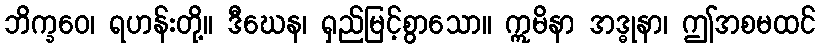
ဘိက္ခဝေ၊ ရဟန်းတို့။ ဒီဃေန၊ ရှည်မြင့်စွာသော။ ဣမိနာ အဒ္ဓုနာ၊ ဤအစမထင်